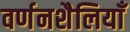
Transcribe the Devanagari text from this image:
वर्णनशैलियाँ